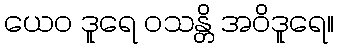
ယေဝ ဒူရေ ဝသန္တိ အဝိဒူရေ။